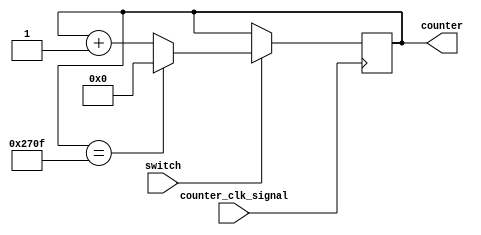
`timescale 1ns / 1ps
//////////////////////////////////////////////////////////////////////////////////
// Company: 
// Engineer: 
// 
// Design Name: 
// Module Name:    counter_8bit 
// Project Name: 
// Target Devices: 
// Tool versions: 
// Description: 
//
// Dependencies: 
//
// Revision: 
// Revision 0.01 - File Created
// Additional Comments: 
//
//////////////////////////////////////////////////////////////////////////////////
module counter_14bit(
input wire counter_clk_signal,
input wire switch, 				// enable/disable the counter
output reg [13:0] counter=0 	// 14 bit counter value (0-16383)
    );

always@(posedge counter_clk_signal)
begin
	if (switch == 0) begin
		counter <= counter;
	end
	
	// max 14-bit unsigned value is 16383 but my board has only 4 sseg displays so
	// limit counter to 9999 max
	if (switch == 1) begin
		if (counter == 9999) begin
			counter <= 0;
		end else begin
			counter <= counter+1;
		end
	end

end

endmodule